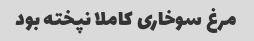
مرغ سوخاری کاملا نپخته بود